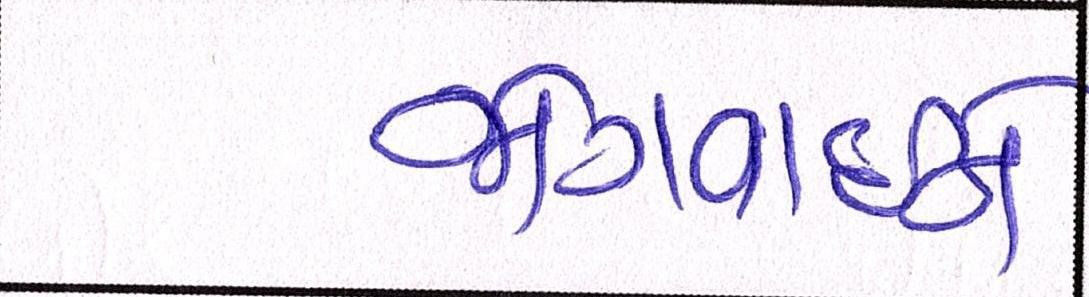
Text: જોગવાઈને